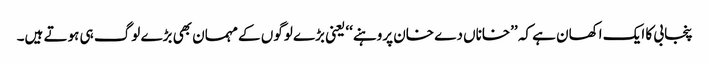
پنجابی کا ایک اکھان ہے کہ ’’خاناں دے خان پروہنے‘‘ یعنی بڑے لوگوں کے مہمان بھی بڑے لوگ ہی ہوتے ہیں۔